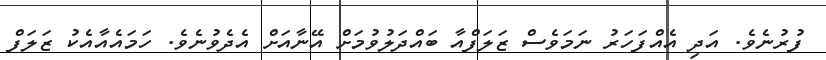
ފުރުނެވެ. އަދި އެއްފަހަރު ނަމަވެސް ޒަލަފްއާ ބައްދަލުވުމަށް އޭނާއަށް އެދެވުނެވެ. ހަމައެއާއެކު ޒަލަފް